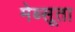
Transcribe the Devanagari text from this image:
मेब्सूता